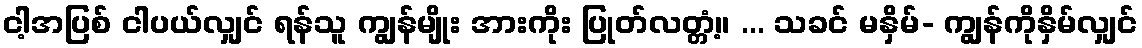
ငါ့အပြစ် ငါပယ်လျှင် ရန်သူ ကျွန်မျိုး အားကိုး ပြုတ်လတ္တံ့။ ... သခင် မနှိမ်- ကျွန်ကိုနှိမ်လျှင်